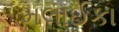
મલાઈકા